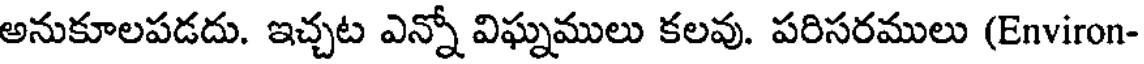
అనుకూలపడదు. ఇచ్చట ఎన్నో విఘ్నములు కలవు. పరిసరములు (Environ-